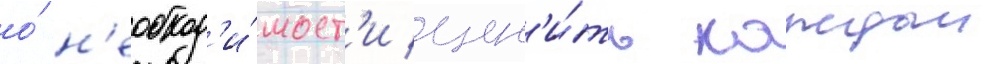
о́ н'еобход'и́мост'и цен'и́ть каждыи